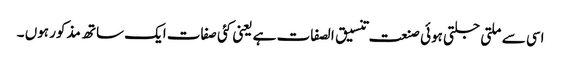
اسی سے ملتی جلتی ہوئی صنعت تنسیق الصفات ہے یعنی کئی صفات ایک ساتھ مذکور ہوں ۔